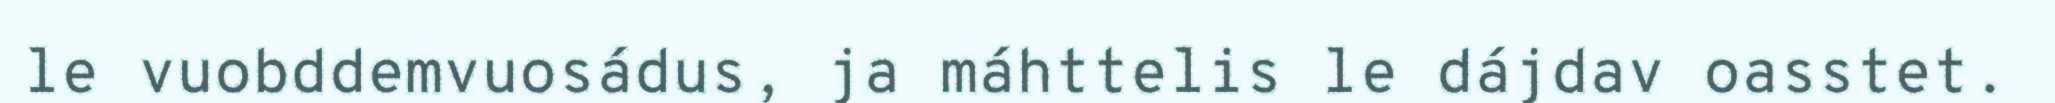
le vuobddemvuosádus, ja máhttelis le dájdav oasstet.